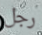
رجل